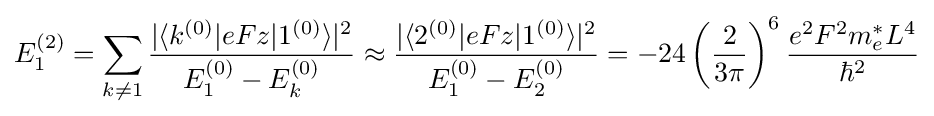
E_{1}^{(2)}=\sum _{k\neq 1}{\frac {|\langle k^{(0)}|eFz|1^{(0)}\rangle |^{2}}{E_{1}^{(0)}-E_{k}^{(0)}}}\approx {\frac {|\langle 2^{(0)}|eFz|1^{(0)}\rangle |^{2}}{E_{1}^{(0)}-E_{2}^{(0)}}}=-24\left({\frac {2}{3\pi }}\right)^{6}{\frac {e^{2}F^{2}m_{e}^{*}L^{4}}{\hbar ^{2}}}